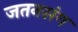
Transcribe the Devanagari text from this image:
जतनसंग